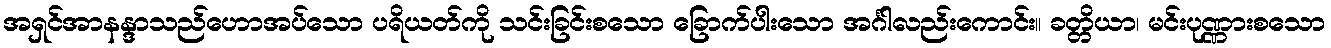
အရှင်အာနန္ဒာသည်ဟောအပ်သော ပရိယတ်ကို သင်းခြင်းစသော ခြောက်ပါးသော အင်္ဂါလည်းကောင်း။ ခတ္တိယာ၊ မင်းပုဏ္ဏားစသော